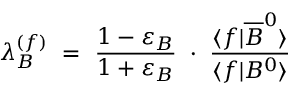
\lambda _ { B } ^ { ( f ) } \ = \ \frac { 1 - \varepsilon _ { B } } { 1 + \varepsilon _ { B } } \ \cdot \ \frac { \langle f | \overline { { B } } ^ { 0 } \rangle } { \langle f | B ^ { 0 } \rangle }